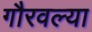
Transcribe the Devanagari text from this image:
गौरवल्या